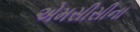
એમસીસીના